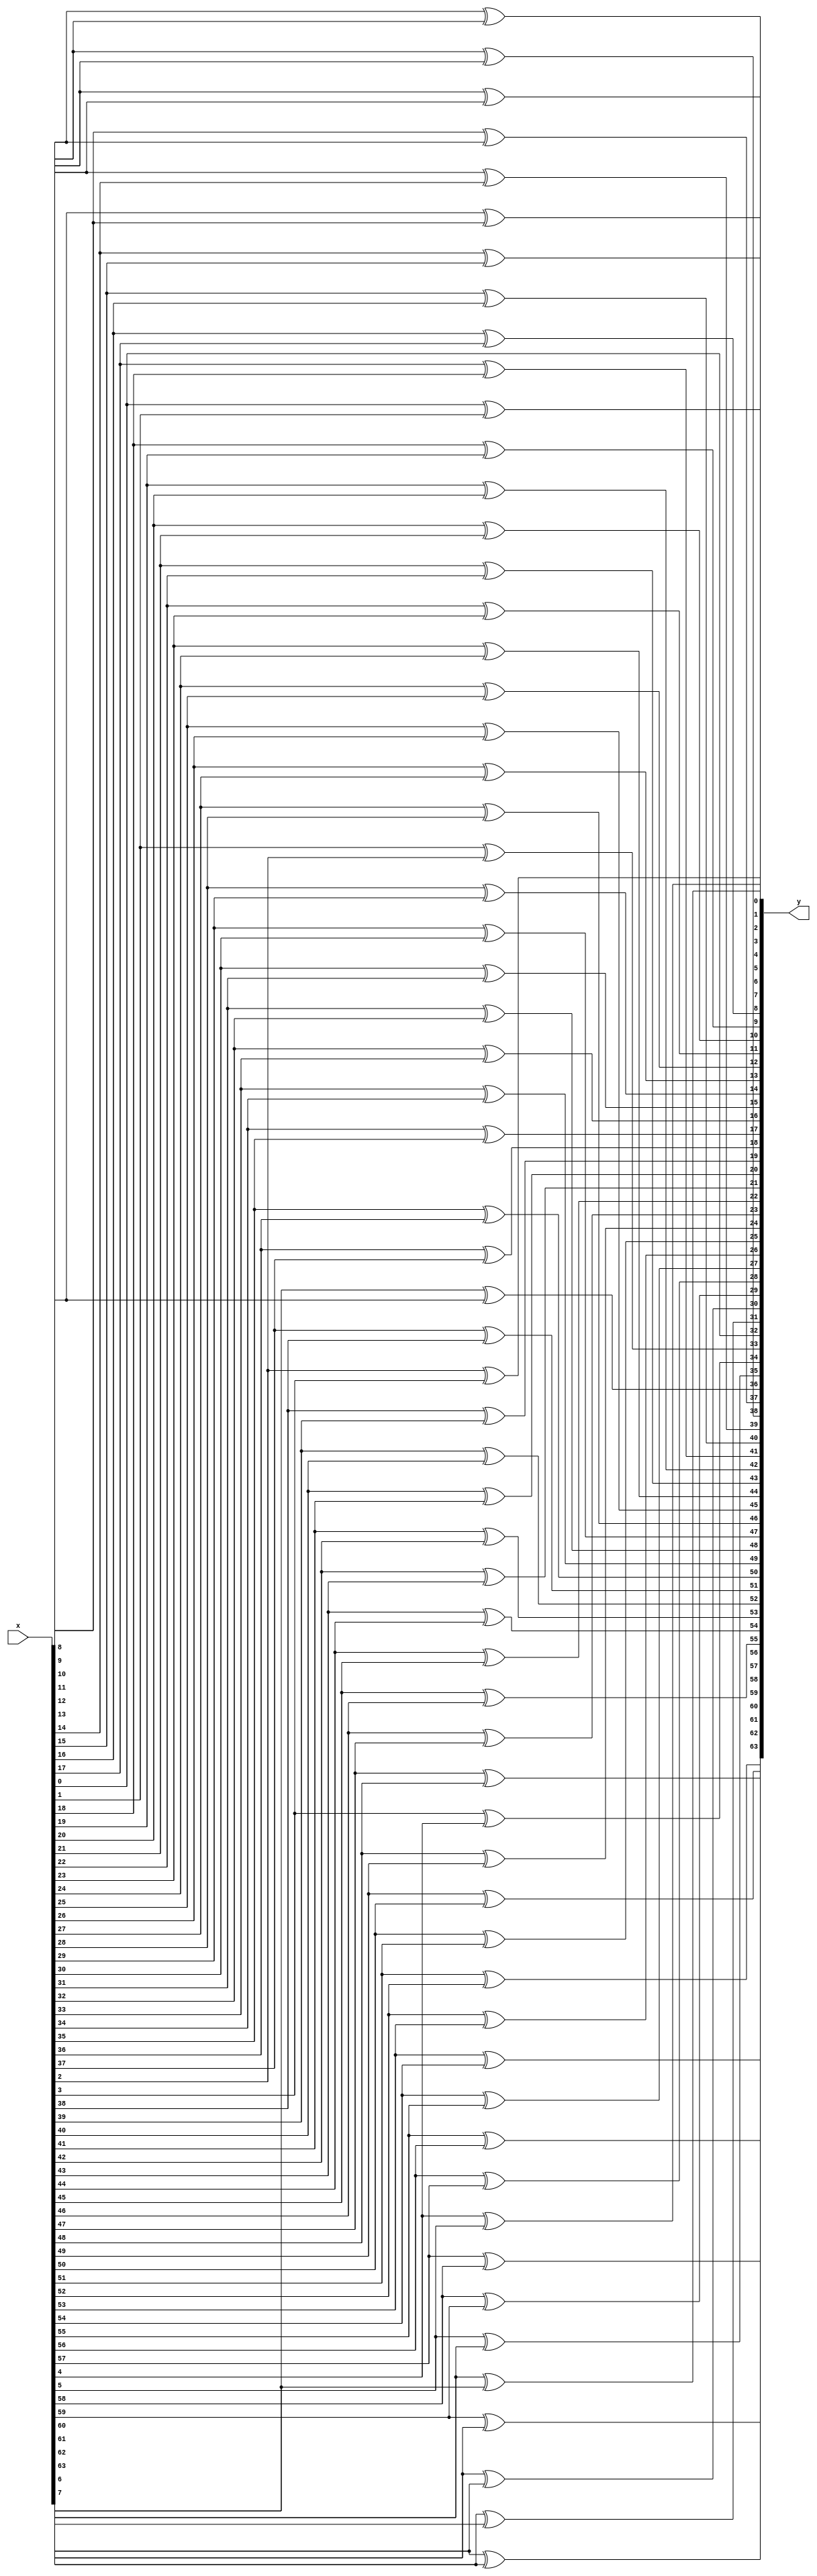
module inputNetwork #(parameter N = 64, nSHIFT = 0)(x,y);

    input  [N-1:0] x;
    output [N-1:0] y;
    
	 wire [N-1:0] z;
	 
    assign z =  (nSHIFT ==0)? x : {x[N-nSHIFT-1:0],x[N-1: N-nSHIFT]};
	 
	 genvar i;
	 generate 
	 for(i=0; i< N-1; i=i+1) begin:net

		if(i==0) begin
			xor(y[N/2],z[i],1'b0);
	   end
		
		if((i%2)==0) begin 
			xor(y[i/2],z[i],z[i+1]);
	   end else begin 
		   xor(y[(N+i+1)/2],z[i],z[i+1]); 
	   end
		
	 end
	 endgenerate

endmodule